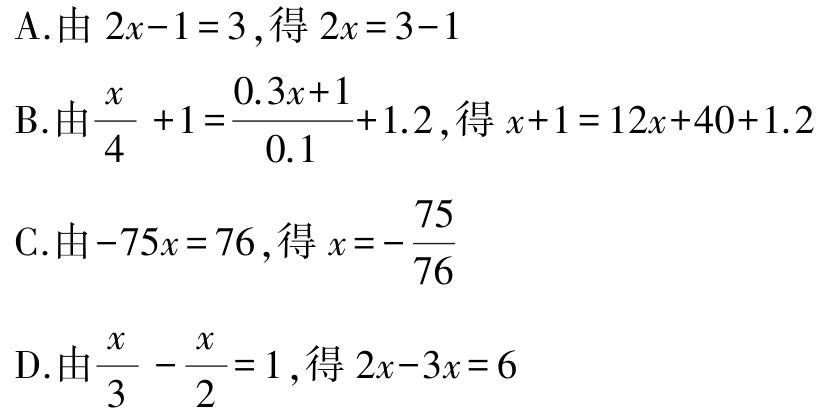
A.由 \(2x - 1 = 3\),得 \(2x = 3 - 1\)

B.由 \(\frac{x}{4}+1=\frac{0.3x + 1}{0.1}+1.2\),得 \(x + 1 = 12x + 40+1.2\)

C.由 \(-75x = 76\),得 \(x =-\frac{75}{76}\)

D.由 \(\frac{x}{3}-\frac{x}{2}=1\),得 \(2x - 3x = 6\)